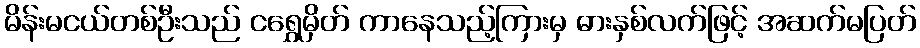
မိန်းမငယ်တစ်ဦးသည် ငရွှေမှိတ် ကာနေသည့်ကြားမှ ဓားနှစ်လက်ဖြင့် အဆက်မပြတ်